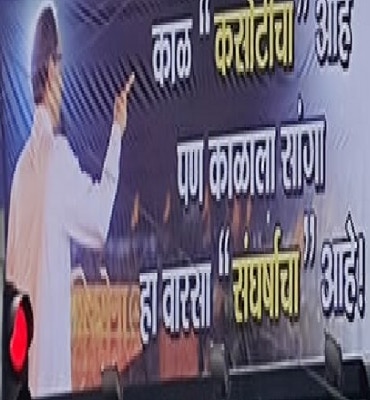
Language: marathi
Transcription: काळ पण सांगा काळाला वारसा आहे! हा संघर्षाचा